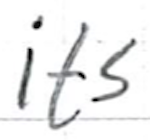
Text: its
Cross-out: clean
Writing tool: ballpoint